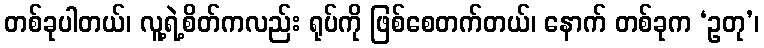
တစ်ခုပါတယ်၊ လူ့ရဲ့စိတ်ကလည်း ရုပ်ကို ဖြစ်စေတက်တယ်၊ နောက် တစ်ခုက ‘ဥတု’၊